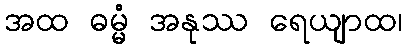
အထ ဓမ္မံ အနုဿ ရေယျာထ၊